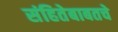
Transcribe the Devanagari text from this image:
संहितेबाबतचे